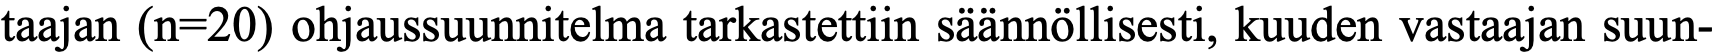
taajan (n=20) ohjaussuunnitelma tarkastettiin säännöllisesti, kuuden vastaajan suun-